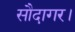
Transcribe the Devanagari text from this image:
सौदागर।